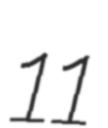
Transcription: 11